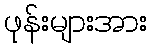
ဖုန်းများအား